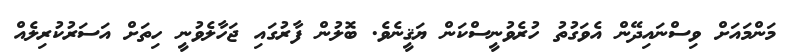
މަންމައަށް ވިސްނައިދޭން އެވަގުތު ހުރެވުނީސްކަން ޔަޤީނެވެ. ބޮލުން ފާރުގައި ޖަހާލެވުނީ ހިތަށް އަސަރުކުރިލެއް